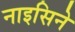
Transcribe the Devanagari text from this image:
नाइसिने